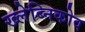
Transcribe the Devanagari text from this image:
ख्लेब्निकोव